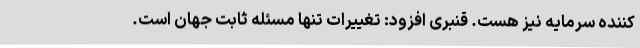
کننده سرمایه نیز هست. قنبری افزود: تغییرات تنها مسئله ثابت جهان است.